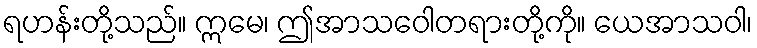
ရဟန်းတို့သည်။ ဣမေ၊ ဤအာသဝေါတရားတို့ကို။ ယေအာသဝါ၊